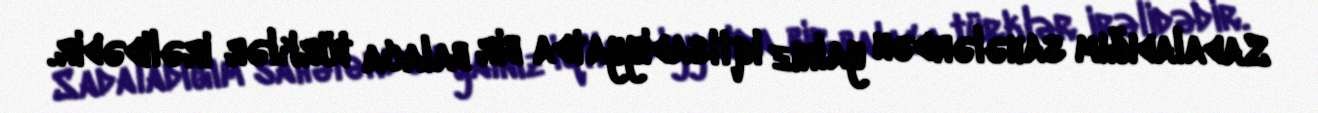
Sadaladığım sahələrdən yalnız iqtisadiyyatda bir balaca türklər irəlidədir.